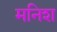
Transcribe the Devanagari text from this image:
मनिश